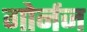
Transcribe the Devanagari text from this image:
गोर्नज